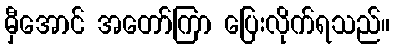
မှီအောင် အတော်ကြာ ပြေးလိုက်ရသည်။